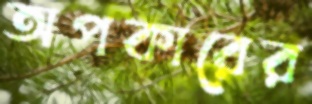
অপকারের